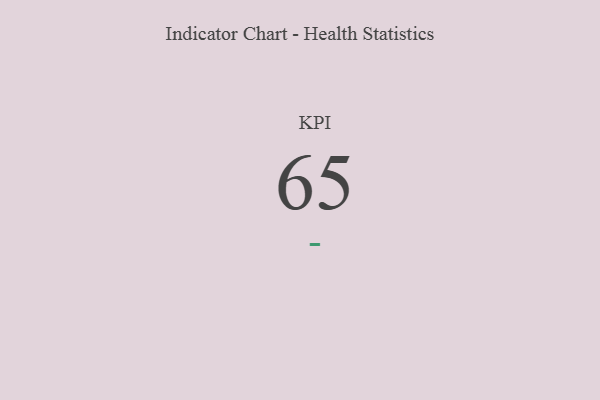
{"axis": {"x": "KPI", "y": "Value"}, "legend": [""], "data": [{"x": "KPI", "y": 65, "type": ""}]}